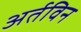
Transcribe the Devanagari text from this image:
अर्तविन